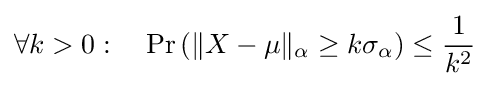
\forall k>0:\quad \Pr \left(\|X-\mu \|_{\alpha }\geq k\sigma _{\alpha }\right)\leq {\frac {1}{k^{2}}}